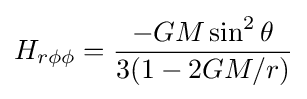
H_{r\phi \phi }={\frac {-GM\sin ^{2}\theta }{3(1-2GM/r)}}